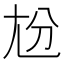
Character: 𡯕